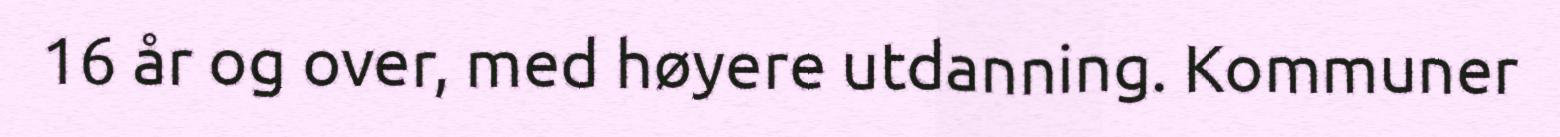
16 år og over, med høyere utdanning. Kommuner